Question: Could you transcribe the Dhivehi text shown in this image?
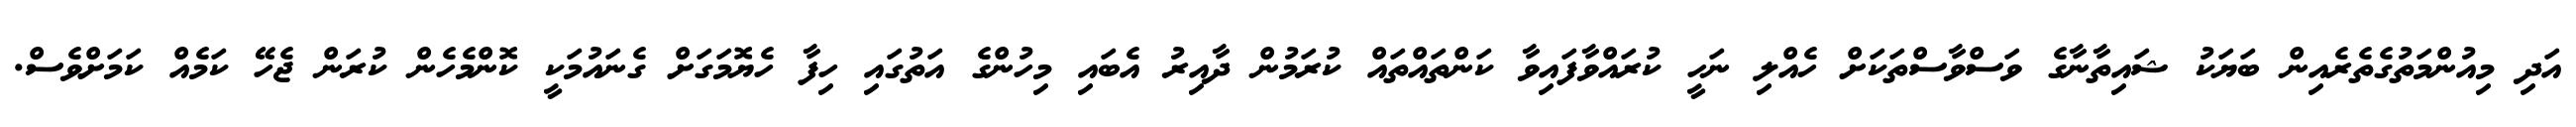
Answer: އަދި މިއުންމަތުގެތެރެއިން ބަޔަކު ޝައިތާނާގެ ވަސްވާސްތަކަށް ހެއްލި ނަހީ ކުރައްވާފައިވާ ކަންތައްތައް ކުރަމުން ދާއިރު އެބައި މިހުންގެ އަތުގައި ހިފާ ހެޔޮމަގަށް ގެނައުމަކީ ކޮންމެހެން ކުރަން ޖެހޭ ކަމެއް ކަމަށްވެސް.